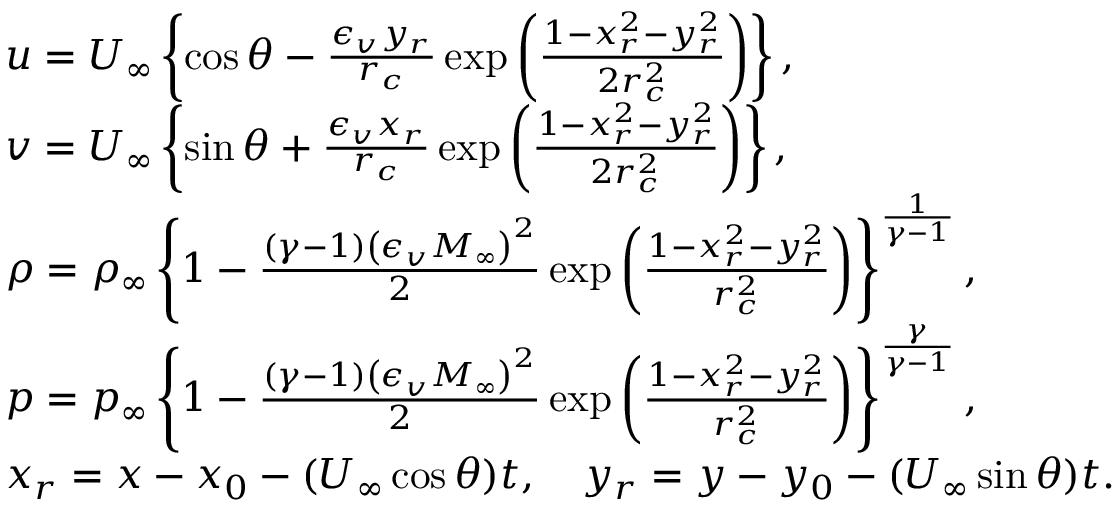
\begin{array} { r l } & { u = U _ { \infty } \left\{ \cos \theta - \frac { \epsilon _ { v } y _ { r } } { r _ { c } } \exp \left( \frac { 1 - x _ { r } ^ { 2 } - y _ { r } ^ { 2 } } { 2 r _ { c } ^ { 2 } } \right) \right\} , } \\ & { v = U _ { \infty } \left\{ \sin \theta + \frac { \epsilon _ { v } x _ { r } } { r _ { c } } \exp \left( \frac { 1 - x _ { r } ^ { 2 } - y _ { r } ^ { 2 } } { 2 r _ { c } ^ { 2 } } \right) \right\} , } \\ & { \rho = \rho _ { \infty } \left\{ 1 - \frac { ( \gamma - 1 ) \left( \epsilon _ { v } M _ { \infty } \right) ^ { 2 } } { 2 } \exp \left( \frac { 1 - x _ { r } ^ { 2 } - y _ { r } ^ { 2 } } { r _ { c } ^ { 2 } } \right) \right\} ^ { \frac { 1 } { \gamma - 1 } } , } \\ & { p = p _ { \infty } \left\{ 1 - \frac { ( \gamma - 1 ) \left( \epsilon _ { v } M _ { \infty } \right) ^ { 2 } } { 2 } \exp \left( \frac { 1 - x _ { r } ^ { 2 } - y _ { r } ^ { 2 } } { r _ { c } ^ { 2 } } \right) \right\} ^ { \frac { \gamma } { \gamma - 1 } } , } \\ & { x _ { r } = x - x _ { 0 } - ( U _ { \infty } \cos \theta ) t , \quad y _ { r } = y - y _ { 0 } - ( U _ { \infty } \sin \theta ) t . } \end{array}